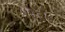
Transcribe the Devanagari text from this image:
४०३७